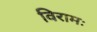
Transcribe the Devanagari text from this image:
विरामः